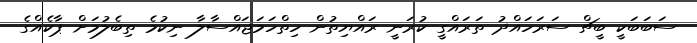
ސަބަބަކީ ބީޗް ސަރަހައްދު ތަރައްގީ ކުރަނީ ރައްޔިތުން ހިތްހަމަޖައްސާލާ ނިކުމެ ތިބެލުމަށް ޕާކެއްގެ